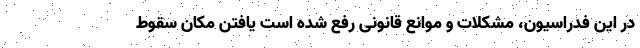
در این فدراسیون، مشکلات و موانع قانونی رفع شده است یافتن مکان سقوط